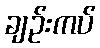
ချဉ်းကပ်